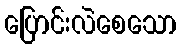
ပြောင်းလဲစေသော